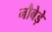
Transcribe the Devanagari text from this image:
नौबेड़े